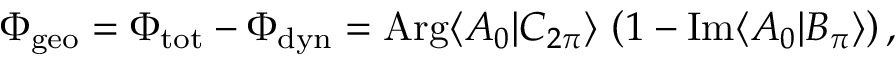
\begin{array} { r } { \Phi _ { \mathrm { g e o } } = \Phi _ { \mathrm { t o t } } - \Phi _ { \mathrm { d y n } } = \mathrm { A r g } \langle A _ { 0 } | C _ { 2 \pi } \rangle \, \left( 1 - \mathrm { I m } \langle A _ { 0 } | B _ { \pi } \rangle \right) , } \end{array}